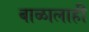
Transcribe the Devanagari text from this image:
बाळालाही